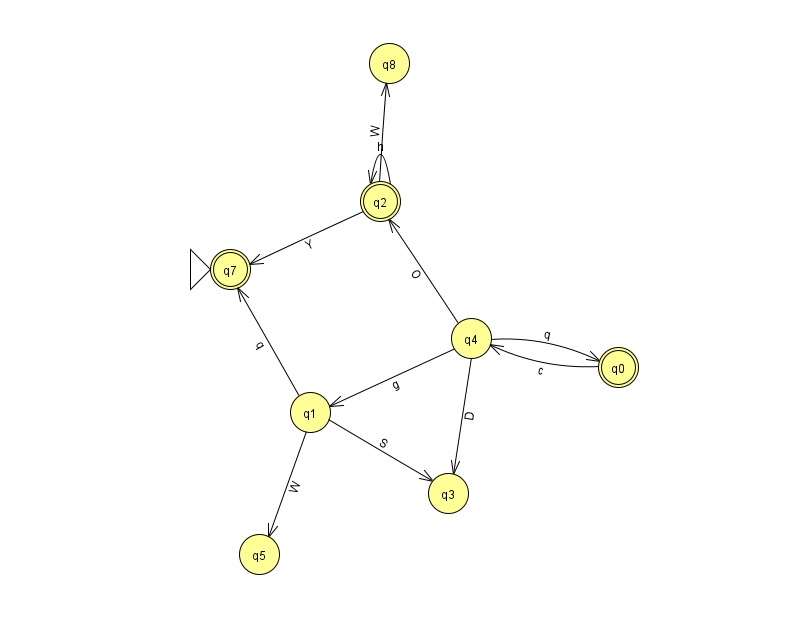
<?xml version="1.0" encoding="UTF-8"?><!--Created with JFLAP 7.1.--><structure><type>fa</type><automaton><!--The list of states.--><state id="0" name="q0"><x>618.0</x><y>354.0</y><final/></state><state id="1" name="q1"><x>310.0</x><y>399.0</y></state><state id="2" name="q2"><x>380.0</x><y>188.0</y><final/></state><state id="3" name="q3"><x>448.0</x><y>480.0</y></state><state id="4" name="q4"><x>471.0</x><y>325.0</y></state><state id="5" name="q5"><x>259.0</x><y>541.0</y></state><state id="7" name="q7"><x>230.0</x><y>256.0</y><initial/><final/></state><state id="8" name="q8"><x>389.0</x><y>50.0</y></state><!--The list of transitions.--><transition><from>0</from><to>4</to><read>c</read></transition><transition><from>4</from><to>0</to><read>q</read></transition><transition><from>4</from><to>2</to><read>O</read></transition><transition><from>1</from><to>7</to><read>q</read></transition><transition><from>1</from><to>3</to><read>S</read></transition><transition><from>2</from><to>2</to><read>h</read></transition><transition><from>2</from><to>7</to><read>Y</read></transition><transition><from>4</from><to>3</to><read>D</read></transition><transition><from>2</from><to>8</to><read>W</read></transition><transition><from>4</from><to>1</to><read>g</read></transition><transition><from>1</from><to>5</to><read>W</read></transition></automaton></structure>